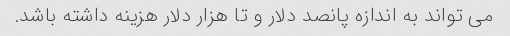
می تواند به اندازه پانصد دلار و تا هزار دلار هزینه داشته باشد.